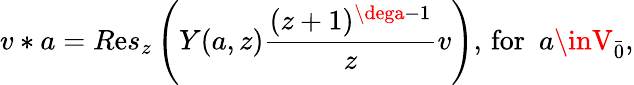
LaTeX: v*a=R\mathrm{e}s_{z}\left(Y(a,z)\frac{{(z+1)^{\dega-1}}}{{z}}v\right),\, \mathrm{{for}}\, \, \, a\inV_{\bar{{0}}},